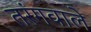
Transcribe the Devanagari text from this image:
तरंगवाले